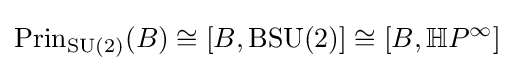
\operatorname {Prin} _{\operatorname {SU} (2)}(B)\cong [B,\operatorname {BSU} (2)]\cong [B,\mathbb {H} P^{\infty }]